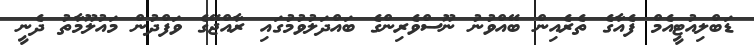
ޑަބްލިއުޓީއެމް ފެއާގެ ތެރެއިން ބޭއްވުނު ނޫސްވެރިންގެ ބައްދަލުވުމުގައި ރާއްޖޭގެ ވަފްދުން މައުލޫމާތު ދެނީ